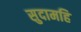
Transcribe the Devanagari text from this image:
सुदामहि